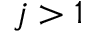
j > 1